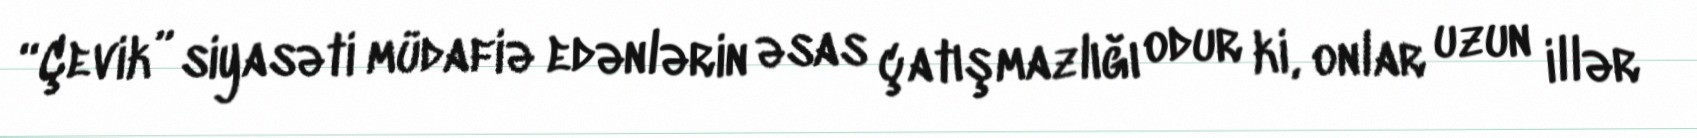
“Çevik” siyasəti müdafiə edənlərin əsas çatışmazlığı odur ki, onlar uzun illər